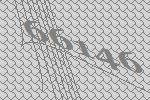
66146